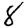
Digit: 8